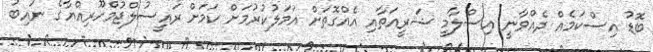
ބޮޑު އިސްކަމެއް ދެއްވާނީ އިސްލާމީ ޝަރީއަތާއި އެއްގޮތަށް އަމަލުކުރުމަށް ކަމަށް ރައީސުލްޖުމްހޫރިއްޔާގެ ނައިބު